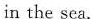
in the sea .